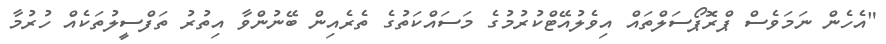
"އެހެން ނަމަވެސް ޕްރޮޕޯސަލްތައް އިވެލުއޭޓްކުރުމުގެ މަސައްކަތުގެ ތެރެއިން ބޭނުންވާ އިތުރު ތަފްސީލުތަކެއް ހުރުމާ